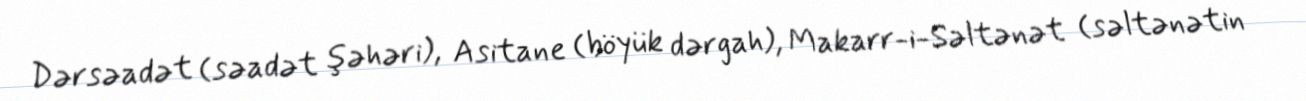
Dərsəadət (səadət şəhəri), Asitane (böyük dərgah), Makarr-i-Səltənət (səltənətin